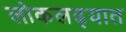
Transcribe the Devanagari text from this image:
लोकलढ्यात